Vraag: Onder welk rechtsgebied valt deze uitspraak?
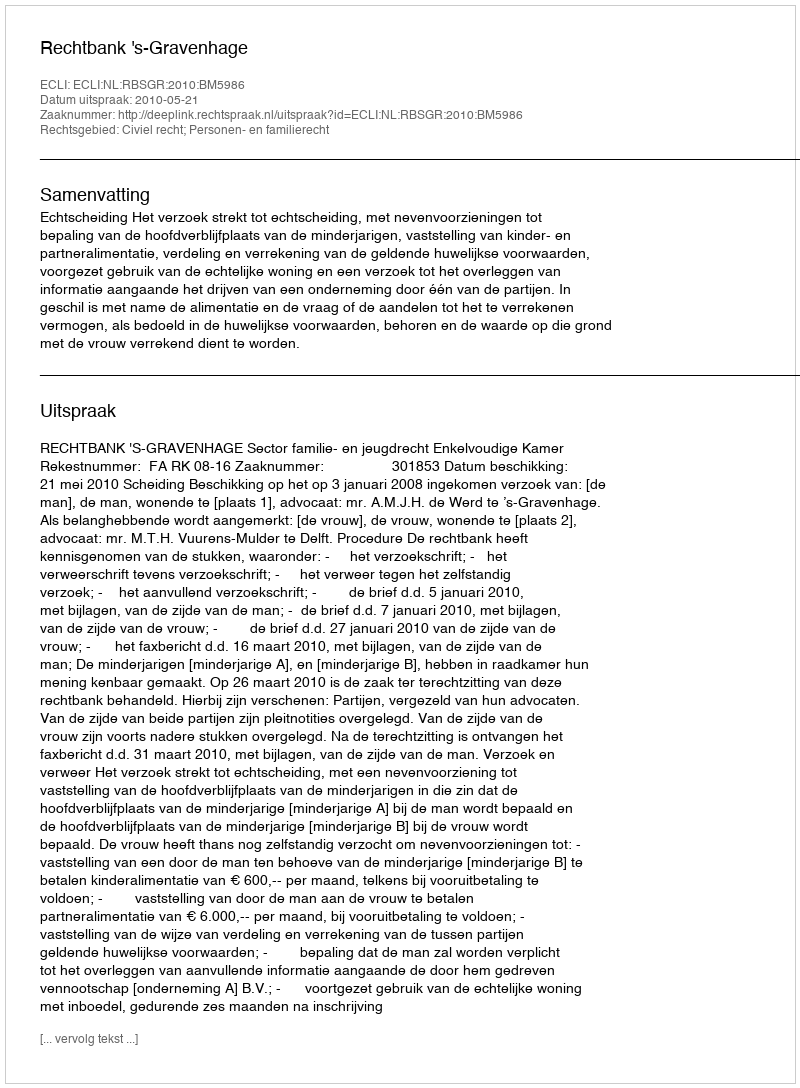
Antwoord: Civiel recht; Personen- en familierecht